Leprosy in India: report of the Leprosy Commission in India, 1890-91
Year: 1890
Disease focus: Leprosy
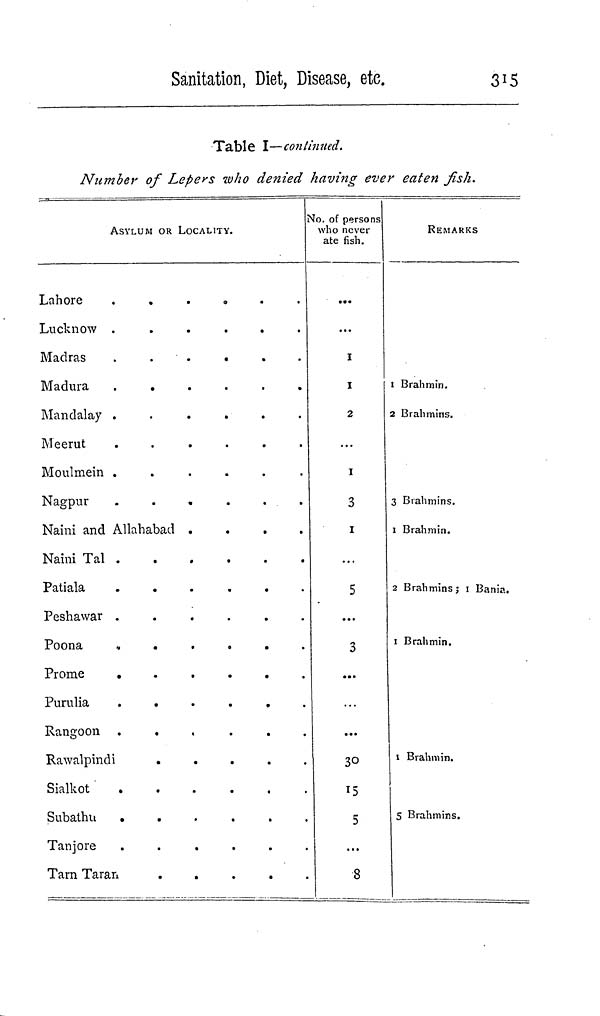
Sanitation, Diet, Disease, etc.
315
Table I—continued.
Number of Lepers who denied having ever eaten fish.
ASYLUM OR LOCALITY.
L a h o r e
......
L u c k n o w
......
M a d r a s
......
M a d u r a
......
M a n d a l a y
......
M e e r u t
......
M o u l m e i n
......
N a g p u r
......
N a i r n a n d A l l a h a b a d .
N a i n i T a l
P a t i a l a
......
P e s h a w a r
......
P o o n a
......
P r o m e
P u r u l i a
......
R a n g o o n
......
R a w a l p i n d i
.
S i a l k o t
......
S u b a t h u
......
T a n j o r e
......
T a r n T a r a n
.
.
.
.
No. of persons
who never
ate fish.
...
I
I
2
...
I
3
1
5
...
3
...
30
15
5
...
8
REMARKS
I Brahmin.
2 Brahmins.
3 Brahmins.
1 Brahmin.
2 Brahmins ; 1 Bania.
1 Brahmin.
1 Brahmin.
5 Brahmins.